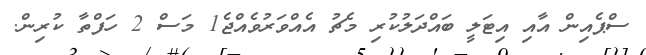
ސްޕެއިން އާއި އިޓަލީ ބައްދަލުކުރި މެޗު އެއްވަރުވެއްޖެ1 މަސް 2 ހަފްތާ ކުރިން.